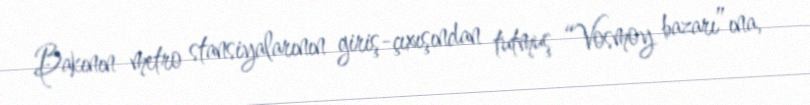
Bakının metro stansiyalarının giriş-çıxışından tutmuş “Vosmoy bazarı”ına,